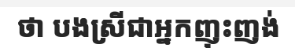
ថា បងស្រីជាអ្នកញុះញង់